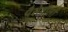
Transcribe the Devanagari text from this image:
पैसेवालों